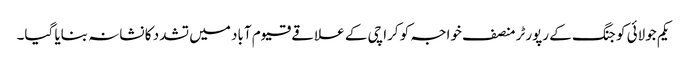
یکم جولائی کو جنگ کے رپورٹر منصف خواجہ کو کراچی کے علاقے قیوم آباد میں تشدد کا نشانہ بنایا گیا۔